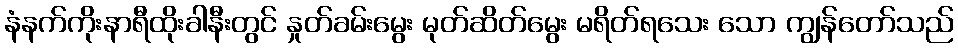
နံနက်ကိုးနာရီထိုးခါနီးတွင် နှုတ်ခမ်းမွေး မုတ်ဆိတ်မွေး မရိတ်ရသေး သော ကျွန်တော်သည်